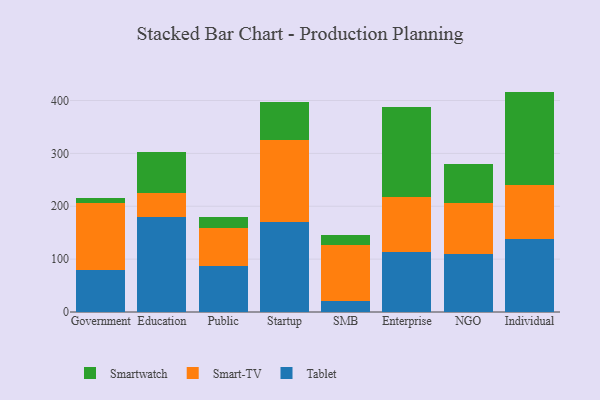
{"axis": {"x": "Segment", "y": "Temperature (°C)"}, "legend": ["Smart-TV", "Smartwatch", "Tablet"], "data": [{"x": "Government", "y": 79.7, "type": "Tablet"}, {"x": "Government", "y": 126.7, "type": "Smart-TV"}, {"x": "Government", "y": 9.8, "type": "Smartwatch"}, {"x": "Education", "y": 179.8, "type": "Tablet"}, {"x": "Education", "y": 46.2, "type": "Smart-TV"}, {"x": "Education", "y": 76.6, "type": "Smartwatch"}, {"x": "Public", "y": 86.9, "type": "Tablet"}, {"x": "Public", "y": 72.1, "type": "Smart-TV"}, {"x": "Public", "y": 19.9, "type": "Smartwatch"}, {"x": "Startup", "y": 171.1, "type": "Tablet"}, {"x": "Startup", "y": 154.7, "type": "Smart-TV"}, {"x": "Startup", "y": 71.0, "type": "Smartwatch"}, {"x": "SMB", "y": 20.9, "type": "Tablet"}, {"x": "SMB", "y": 106.0, "type": "Smart-TV"}, {"x": "SMB", "y": 19.5, "type": "Smartwatch"}, {"x": "Enterprise", "y": 113.7, "type": "Tablet"}, {"x": "Enterprise", "y": 104.4, "type": "Smart-TV"}, {"x": "Enterprise", "y": 170.5, "type": "Smartwatch"}, {"x": "NGO", "y": 110.6, "type": "Tablet"}, {"x": "NGO", "y": 95.0, "type": "Smart-TV"}, {"x": "NGO", "y": 74.2, "type": "Smartwatch"}, {"x": "Individual", "y": 138.7, "type": "Tablet"}, {"x": "Individual", "y": 100.7, "type": "Smart-TV"}, {"x": "Individual", "y": 177.5, "type": "Smartwatch"}]}